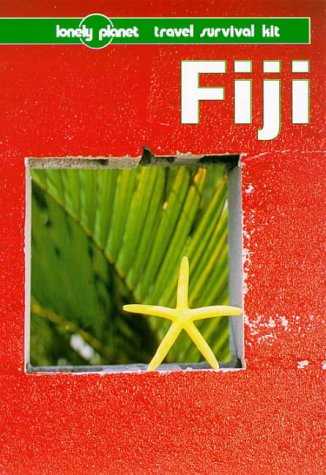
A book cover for Lonely Planet Fiji (4th ed); Robyn Jones; Travel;